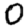
Digit: 0